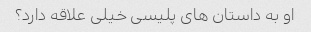
او به داستان های پلیسی خیلی علاقه دارد؟